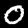
Digit: 0